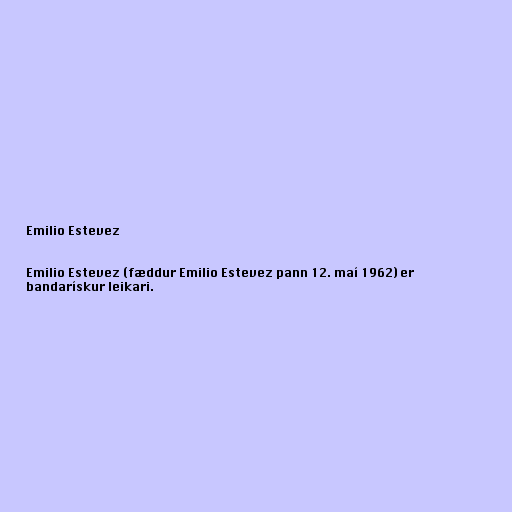
Emilio Estevez

Emilio Estevez (fæddur Emilio Estevez pann 12. maí 1962) er
bandarískur leikari.